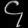
Digit: ၄